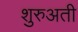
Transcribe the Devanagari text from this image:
शुरुअती